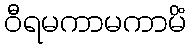
ဝီရမကာမကာမိံ